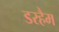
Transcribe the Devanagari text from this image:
डरहैम